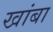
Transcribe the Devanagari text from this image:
खांबा